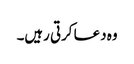
وہ دعا کرتی رہیں۔